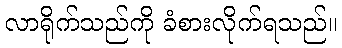
လာရိုက်သည်ကို ခံစားလိုက်ရသည်။